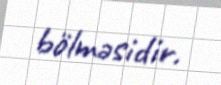
bölməsidir.